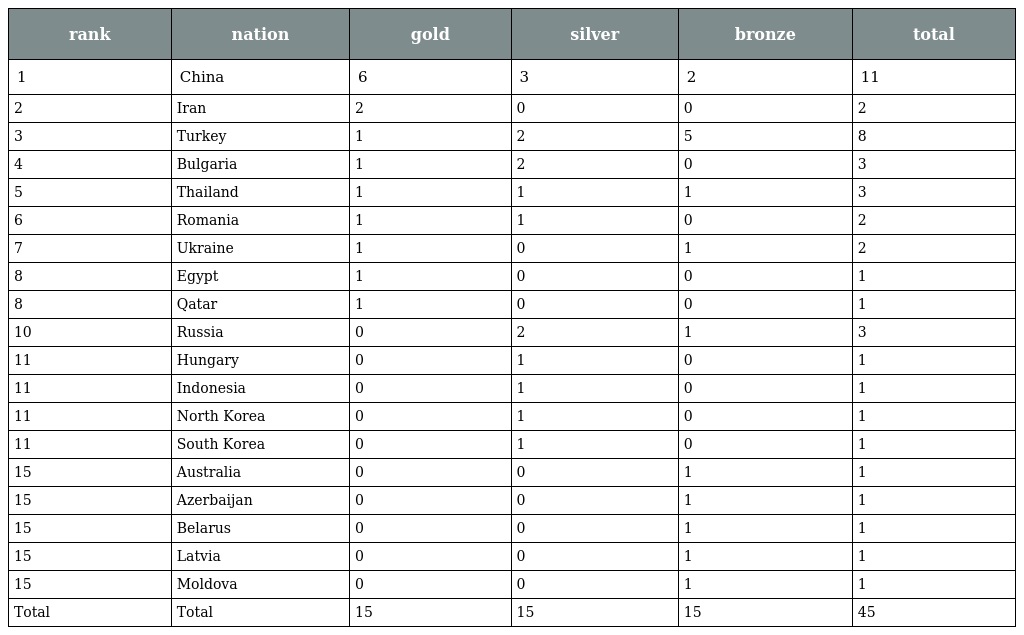
| rank | nation | gold | silver | bronze | total |
 | --- | --- | --- | --- | --- | --- |
 | 1 | China | 6 | 3 | 2 | 11 |
 | 2 | Iran | 2 | 0 | 0 | 2 |
 | 3 | Turkey | 1 | 2 | 5 | 8 |
 | 4 | Bulgaria | 1 | 2 | 0 | 3 |
 | 5 | Thailand | 1 | 1 | 1 | 3 |
 | 6 | Romania | 1 | 1 | 0 | 2 |
 | 7 | Ukraine | 1 | 0 | 1 | 2 |
 | 8 | Egypt | 1 | 0 | 0 | 1 |
 | 8 | Qatar | 1 | 0 | 0 | 1 |
 | 10 | Russia | 0 | 2 | 1 | 3 |
 | 11 | Hungary | 0 | 1 | 0 | 1 |
 | 11 | Indonesia | 0 | 1 | 0 | 1 |
 | 11 | North Korea | 0 | 1 | 0 | 1 |
 | 11 | South Korea | 0 | 1 | 0 | 1 |
 | 15 | Australia | 0 | 0 | 1 | 1 |
 | 15 | Azerbaijan | 0 | 0 | 1 | 1 |
 | 15 | Belarus | 0 | 0 | 1 | 1 |
 | 15 | Latvia | 0 | 0 | 1 | 1 |
 | 15 | Moldova | 0 | 0 | 1 | 1 |
 | Total | Total | 15 | 15 | 15 | 45 |